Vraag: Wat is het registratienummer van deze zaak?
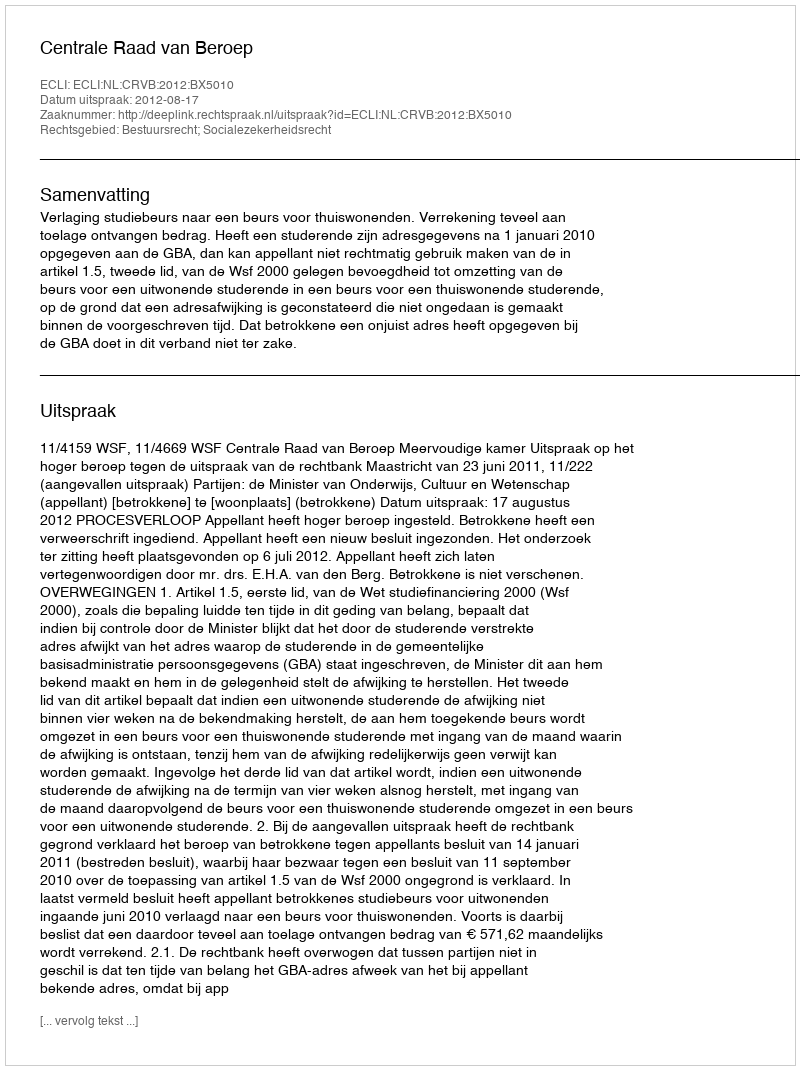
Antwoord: http://deeplink.rechtspraak.nl/uitspraak?id=ECLI:NL:CRVB:2012:BX5010